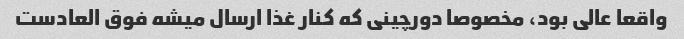
واقعا عالی بود، مخصوصا دورچینی که کنار غذا ارسال میشه فوق العادست